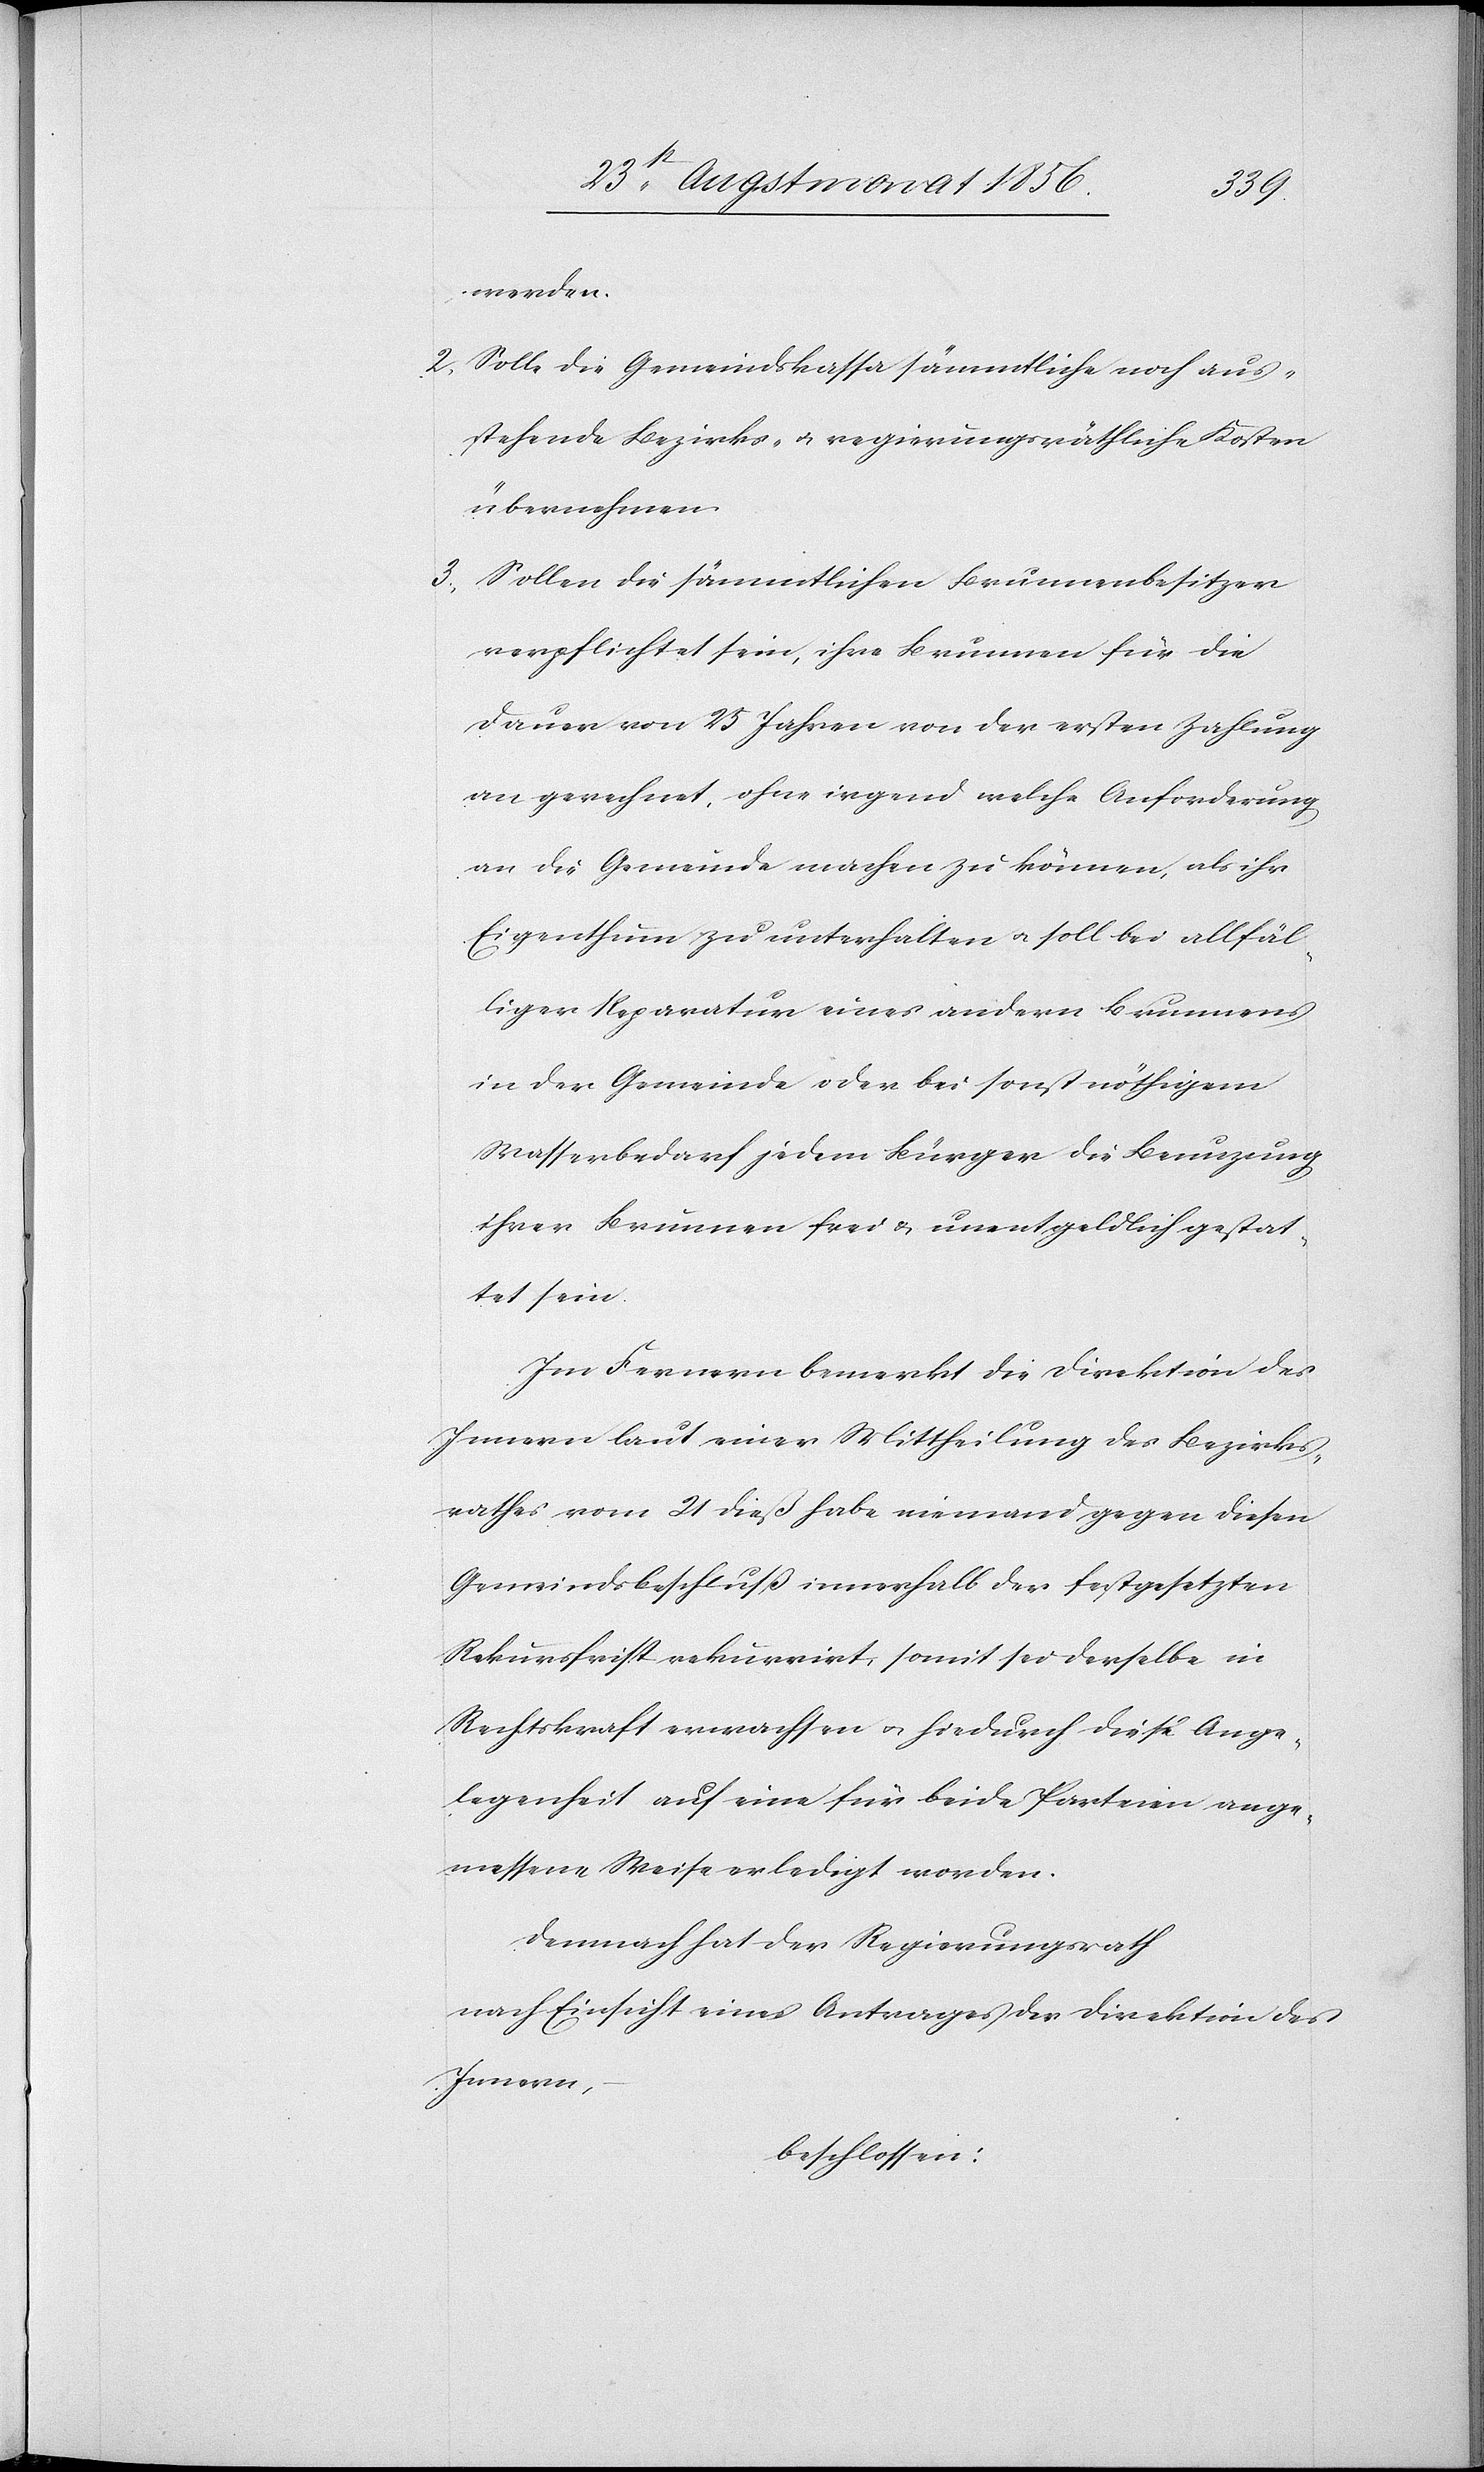
werden.
2.) Solle die Gemeindskassa sämmtliche noch aus¬
stehende Bezirks- u. regierungsräthliche Kosten
übernehmen.
3.) Sollen die sämmtlichen Brunnenbesitzer
verpflichtet sein, ihre Brunnen für die
Dauer von 25 Jahren von der ersten Zahlung
an gerechnet, ohne irgend welche Anforderung
an die Gemeinde machen zu können, als ihr
Eigenthum zu unterhalten u. soll bei allfäl¬
liger Reparatur eines andern Brunnens
in der Gemeinde oder bei sonst nöthigem
Wasserbedarf jedem Bürger die Benuzung
ihrer Brunnen frei & unentgeldlich gestat¬
tet sein.
Im Fernern bemerkt die Direktion des
Innern laut einer Mittheilung des Bezirks¬
rathes vom 21 dieß habe niemand gegen diesen
Gemeindsbeschluß innerhalb der festgesetzten
Rekursfrist rekurrirt, somit sei derselbe in
Rechtskraft erwachsen u. hiedurch diese Ange¬
legenheit auf eine für beide Parteien ange¬
messene Weise erledigt worden.
Demnach hat der Regierungsrath
nach Einsicht eines Antrages der Direktion des
Innern,
beschlossen: